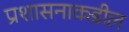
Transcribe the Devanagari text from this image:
प्रशासनाकडील